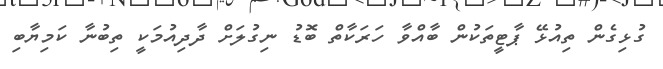
ގުޅިގެން ތިއުޅޭ ޕާޓީތަކުން ބާއްވާ ހަރަކާތް ބޮޑު ނިގުލަށް ދާދިއުމަކީ ތިބުނާ ކަމިޔާބި